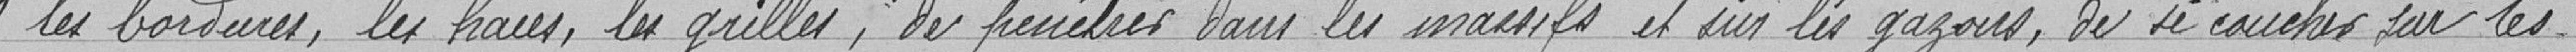
"les bordures,les haies, les grilles, de pénétrer dans les massifs et sur les gazons, de se coucher sur les